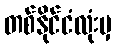
တစ်နိုင်ငံလုံးမှ